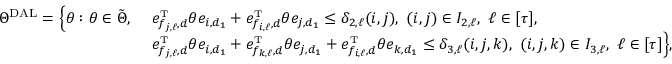
\begin{array} { r l } { \Theta ^ { \mathrm { D A L } } = \Big \{ \theta : \theta \in \tilde { \Theta } , \ } & { e _ { f _ { j , \ell } , d } ^ { \mathrm { \scriptscriptstyle T } } \theta e _ { i , d _ { 1 } } + e _ { f _ { i , \ell } , d } ^ { \mathrm { \scriptscriptstyle T } } \theta e _ { j , d _ { 1 } } \leq \delta _ { 2 , \ell } ( i , j ) , \ ( i , j ) \in I _ { 2 , \ell } , \ \ell \in [ \tau ] , } \\ & { e _ { f _ { j , \ell } , d } ^ { \mathrm { \scriptscriptstyle T } } \theta e _ { i , d _ { 1 } } + e _ { f _ { k , \ell } , d } ^ { \mathrm { \scriptscriptstyle T } } \theta e _ { j , d _ { 1 } } + e _ { f _ { i , \ell } , d } ^ { \mathrm { \scriptscriptstyle T } } \theta e _ { k , d _ { 1 } } \leq \delta _ { 3 , \ell } ( i , j , k ) , \ ( i , j , k ) \in I _ { 3 , \ell } , \ \ell \in [ \tau ] \Big \} , } \end{array}